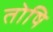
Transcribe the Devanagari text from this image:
तोषि